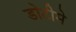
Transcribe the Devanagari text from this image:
डोटीमे